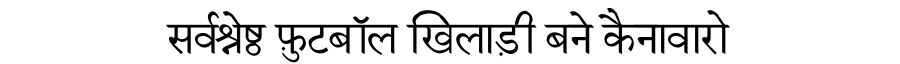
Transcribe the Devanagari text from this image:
सर्वश्रेष्ठ फ़ुटबॉल खिलाड़ी बने कैनावारो